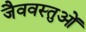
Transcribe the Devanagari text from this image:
जैववस्तुओं